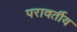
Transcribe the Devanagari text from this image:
परावर्तीय